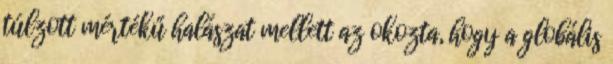
túlzott mértékű halászat mellett az okozta, hogy a globális